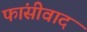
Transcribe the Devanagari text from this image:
फांसीवाद